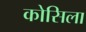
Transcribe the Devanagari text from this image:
कोसिला